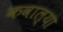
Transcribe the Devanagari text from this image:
कवाल्या